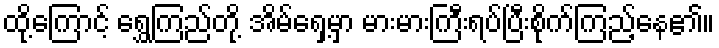
ထို့ကြောင့် ရွှေကြည်တို့ အိမ်ရှေ့မှာ မားမားကြီးရပ်ပြီးစိုက်ကြည့်နေ၏။